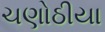
ચણોઠીયા